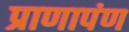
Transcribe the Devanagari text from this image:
प्राणापंण